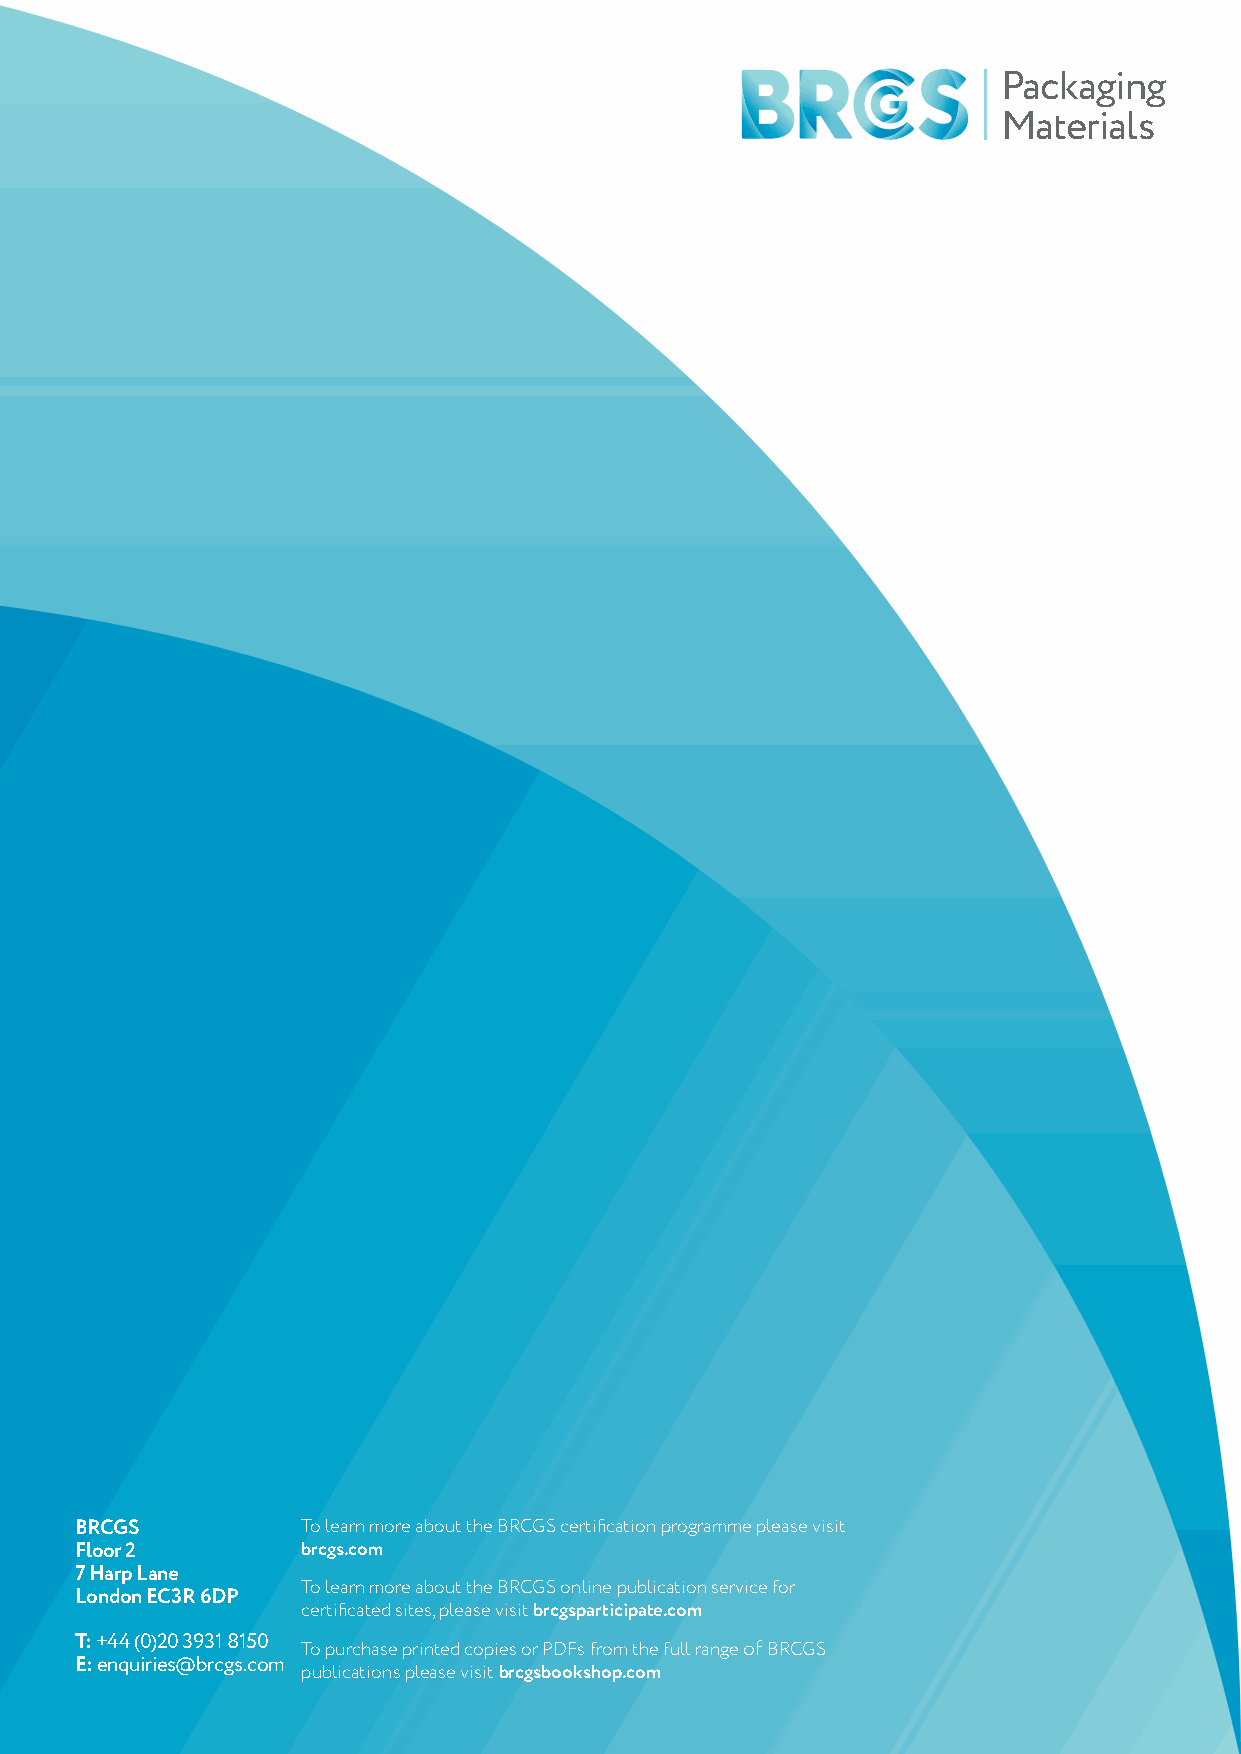
Packaging
 Materials
 BRCGS          To learn more about the BRCGS certification programme please visit
 Floor 2        brcgs.com
 7 Harp Lane
 To learn more about the BRCGS online publication service for
 London EC3R 6DP
 certificated sites, please visit brcgsparticipate.com
 T: +44 (0)20 3931 8150 To purchase printed copies or PDFs from the full range of BRCGS
 E: enquiries@brcgs.com
 publications please visit brcgsbookshop.com